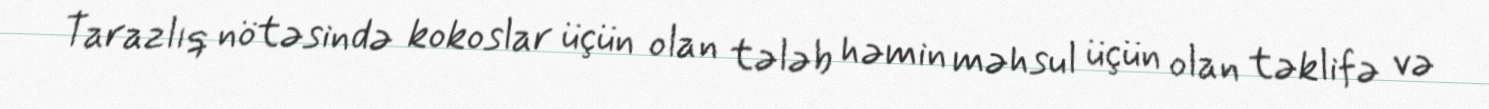
Tarazlıq nötəsində kokoslar üçün olan tələb həmin məhsul üçün olan təklifə və